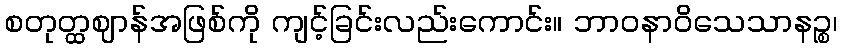
စတုတ္ထဈာန်အဖြစ်ကို ကျင့်ခြင်းလည်းကောင်း။ ဘာဝနာဝိသေသာနဉ္စ၊